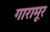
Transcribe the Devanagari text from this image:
गारामूर